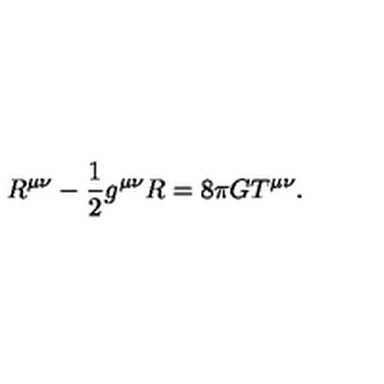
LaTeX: R ^ { \mu \nu } - \frac 1 2 g ^ { \mu \nu } R = 8 \pi G T ^ { \mu \nu } .